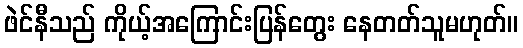
ဖဲင်နီသည် ကိုယ့်အကြောင်းပြန်တွေး နေတတ်သူမဟုတ်။